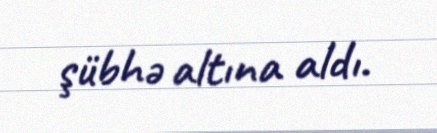
şübhə altına aldı.